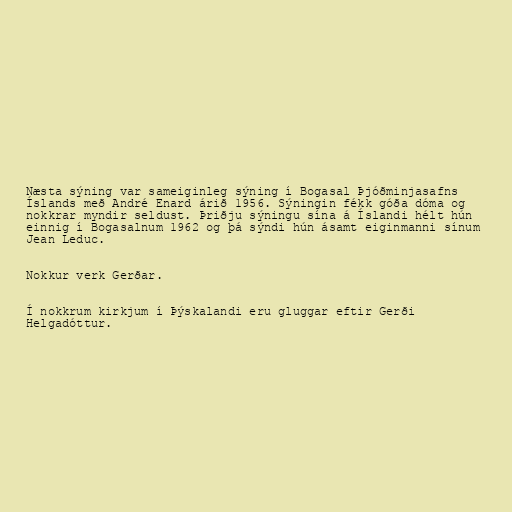
Næsta sýning var sameiginleg sýning í Bogasal Þjóðminjasafns
Íslands með André Enard árið 1956. Sýningin fékk góða dóma og
nokkrar myndir seldust. Þriðju sýningu sína á Íslandi hélt hún
einnig í Bogasalnum 1962 og þá sýndi hún ásamt eiginmanni sínum
Jean Leduc.

Nokkur verk Gerðar.

Í nokkrum kirkjum í Þýskalandi eru gluggar eftir Gerði
Helgadóttur.